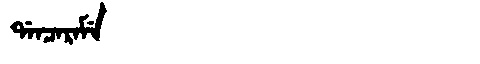
Manchu: ᡩᠠᠨᠴᠠᡵᠠᠮᡝ
Romanization: DANCARAME